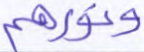
ونورهم